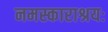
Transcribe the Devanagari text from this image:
नमस्काराश्रयः